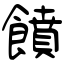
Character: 饙